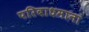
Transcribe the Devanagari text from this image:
परिबाधमानां